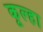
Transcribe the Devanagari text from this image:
कूल्‍हा